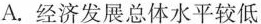
A.经济发展总体水平较低